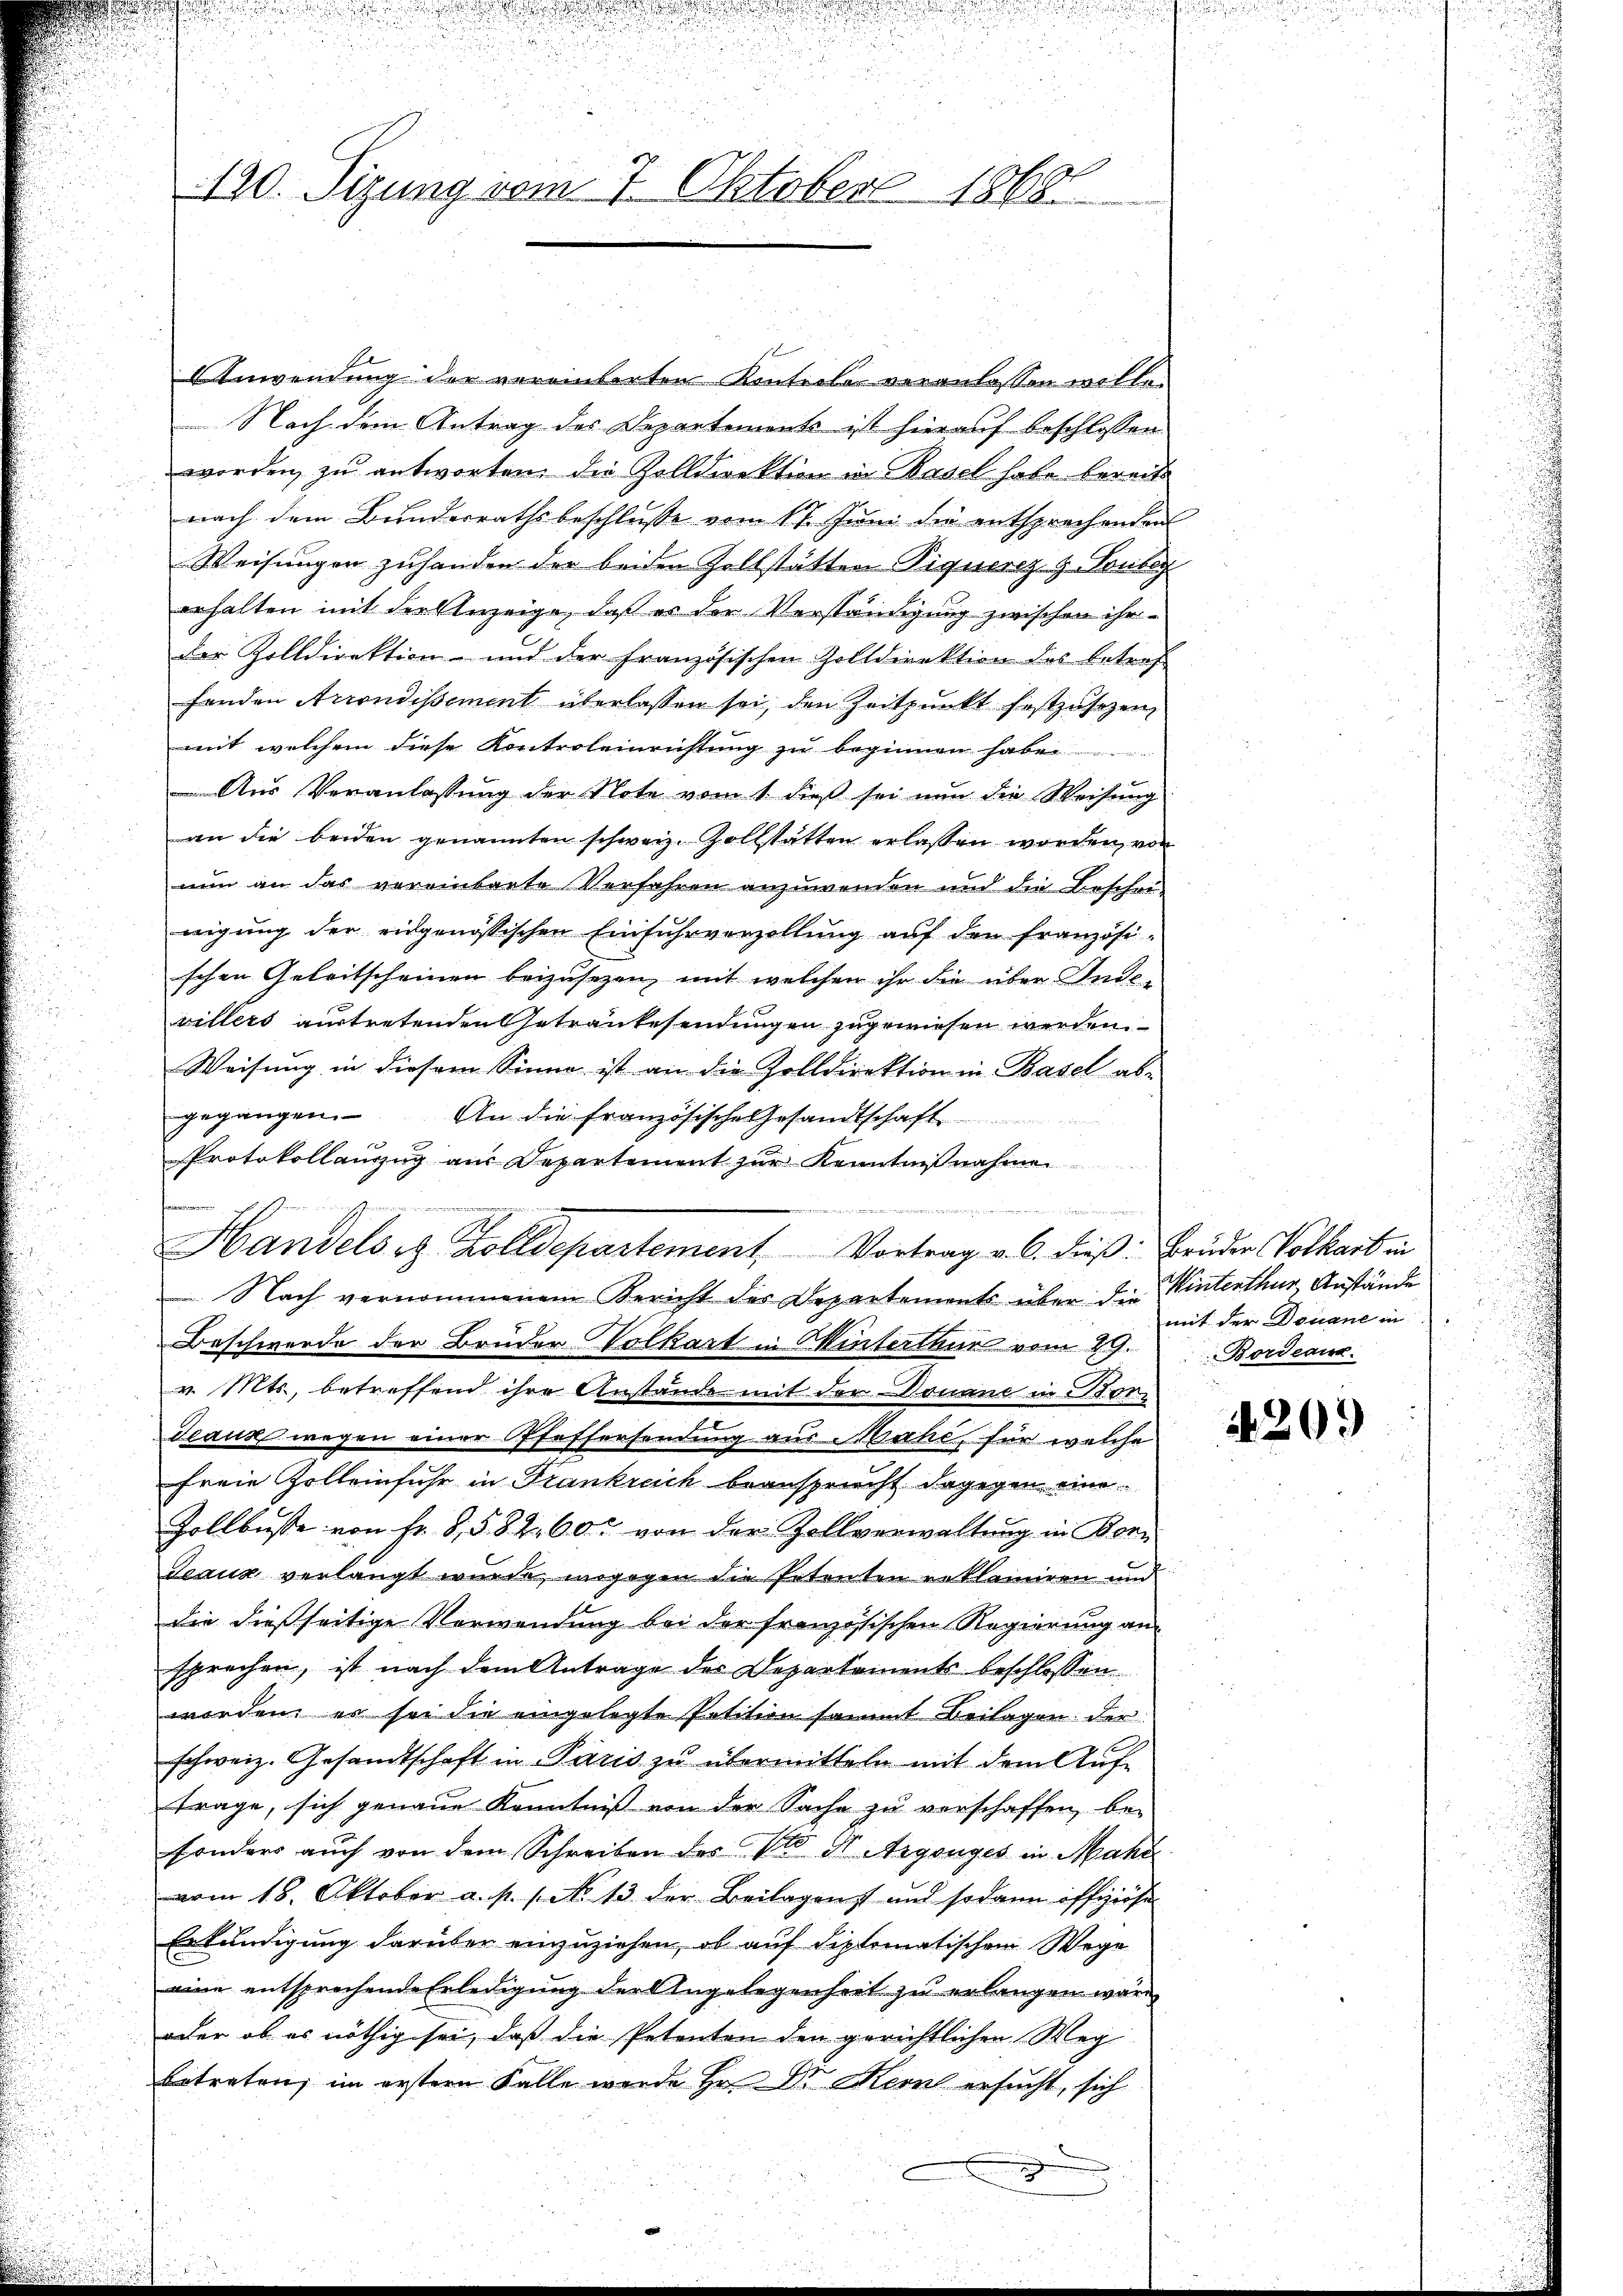
120. Sizung vom 7. Oktober 1868

.

AAnwendung der verainterten Konterler veranlassen willen
Nach dem Antrag des Departemonte ist hierauf beschlossen
worden zu antworten die Zolldirektion in Basel habe bereits
nach dem Bunderrathsbeschluße vom 17. Juni die entsprechenden
Weisungen zuhanden der beiden Zollstätten Piquerz z. Toutes
erhalten mit der Anzeige, daß es der Verständigung zwischen ihr
der Zolldirektion und der französischen Zolldirektion des betraf-
fenden Arrondissement überlassen sei, den Zeitpunkt festzusetzen,
mit welchem diese Kontroleiristung zu beginnen habe
Aus Veranlassung der Note vom 1. dieß sei nun die Weisung
an die beiden genannten schweiz. Zollstätten erlassen worden, von
nun an das vereintante Verfahren anzuwenden und die Beschei-
wigung der eidgenössischen Einfuhrverzellung auf den französischen Geleitscheinen beizusetzen, mit welchen ihr die über Inde-
villers austretenden Getraulesendungen zugewiesen werden.
Weisung in diesem Sinne ist an die Zolldirektion in Basel abe
gegangen.
An die Französische Gesandtschaft
Protokollaŭszŭg aŭs Departement zŭr Kenntniβnahme

Nach vernommenem Bericht des Departements über die
Beschwerde der Brüder Volkart in Winterthur vom 29.
v. Mts., betreffend ihre Anstände mit der Douane in Bordeaus wegen einer Pfaffersendung aus Mahe, für welche
freie Zolleinfuhr in Frankreich beansprucht dagegen eine
Zollbusse von Fr. 8, 582. 60 von der Zollverwaltung in Korn
Jeaux verlangt wurde, wogegen die Petenten reklamiren und
die dießseitige Verwendung bei der französischen Regierung an
sprechen, ist nach dem Antrage der Departements beschlossen
worden, es sei die eingelegte Petition sammt Beilagen: der
schweiz. Gesandtschaft in Paris zu übermitteln mit dem Auf-
frage, sich genaue Kenntniß von der Sache zu verschaffen, besonders auch von dem Schreiben des Pro Dr. Argonges in Mahn
vom 18. Oktober a. p. 1. No 13 der Beilagenst und sodann offiziöse
Erkundigung darüber einzuziehen, ob auf diplomatischen Wege
eine entsprechende Erledigung der Angelegenheit zu erlangen wäre,
oder ob es nöthig sei, daß die Petenten den gerichtlichen Weg
betreten, im erstern Falle wurde Hr. Dr Herr ersucht, sich

Handels es Zolldepartement. Vortrag v. 6. dieß: Bruder Volkart in

Winterthur, Anstände
mit der Douane in
Bordeau

203)